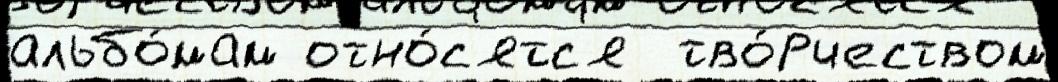
альбо́мам отно́с'ятс'я  тво́рчеством